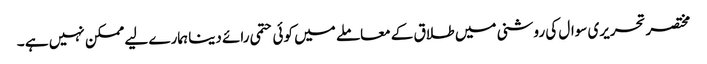
مختصرتحریری سوال کی روشنی میں طلاق کے معاملے میں کوئی حتمی رائے دینا ہمارے لیے ممکن نہیں ہے ۔